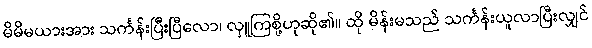
မိမိမယားအား သင်္ကန်းပြီးပြီလော၊ လှူကြစို့ဟုဆို၏။ ထို မိန်းမသည် သင်္ကန်းယူလာပြီးလျှင်